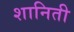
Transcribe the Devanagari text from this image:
शानिती